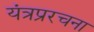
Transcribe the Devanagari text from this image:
यंत्रप्ररचना